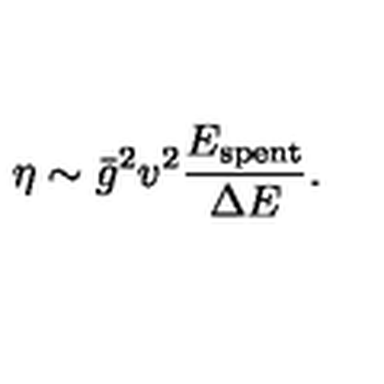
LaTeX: \eta \sim \bar { g } ^ { 2 } v ^ { 2 } \frac { E _ { \mathrm { s p e n t } } } { \Delta E } .